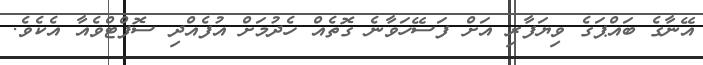
އޭނާގެ ބައްޕަގެ ވިޔަފާރި އަށް ފަސޭހަވާނެ ގޮތެއް ހެދުމަށް އުފެއްދި ސޮފްޓްވެއާ އެކެވެ.